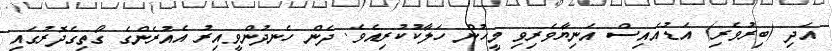
އަދި (ބިރުވެރި) އަޑުއައިސް އަނިޔާވެރިވި މީހުން ހަލާކުކުރިއެވެ. ދެން ހެނދުންވީއިރު އެއުރެންގެ ގޯތިގެދޮރުގައި